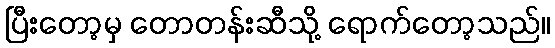
ပြီးတော့မှ တောတန်းဆီသို့ ရောက်တော့သည်။